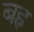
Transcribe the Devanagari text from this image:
बह्